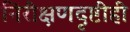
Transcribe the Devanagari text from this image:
निरीक्षणदृष्टीही